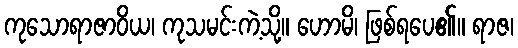
ကုသောရာဇာဝိယ၊ ကုသမင်းကဲ့သို့။ ဟောမိ၊ ဖြစ်ရပေ၏။ ရာဇ၊